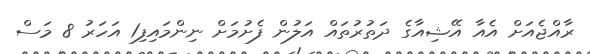
ރާއްޖެއަށް އެއާ އޭޝިއާގެ ދަތުރުތައް އަލުން ފެށުމަށް ނިންމައިފި1 އަހަރު 8 މަސް